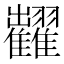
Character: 𱁐